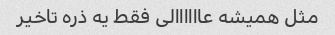
مثل همیشه عاااااالی فقط یه ذره تاخیر